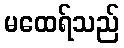
မထေရ်သည်